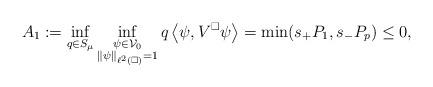
LaTeX: \begin{align*} A_1:= \inf_{q \in S_\mu} \inf_{\substack{\psi \in \mathcal V_0 \\ \|\psi\|_{\ell^2(\square)} = 1}} q \left\langle \psi, V^\square \psi \right\rangle = \min( s_+ P_1, s_- P_p) \leq 0,\end{align*}